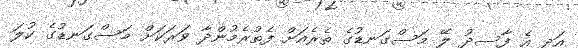
އަދި އެ ފާސިދު ލޭ މަސްގަނޑުގެ ތެރެއަށް ފެތުރެމުންދާ ވަރަކަށް މަސްގަނޑުގެ ކުލަ